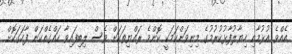
އެއްވެ އުޅުމާއި ހިޔާލުފާޅުކުރުމުގެ މިނިވަންކަމަކީ ކޮންމެ ރައްޔިތަކަށް ވެސް ލިބިފައިވާ ހައްގެއްކަން ފާހަގަކޮށް